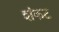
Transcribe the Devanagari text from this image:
शंकट